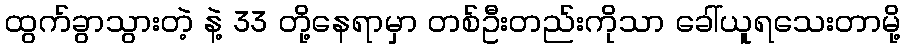
ထွက်ခွာသွားတဲ့ နဲ့ 33 တို့နေရာမှာ တစ်ဦးတည်းကိုသာ ခေါ်ယူရသေးတာမို့